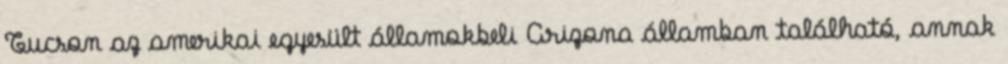
Tucson az amerikai egyesült államokbeli Arizona államban található, annak